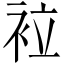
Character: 𧙀